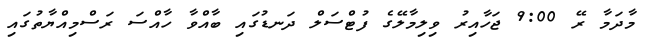
މާދަމާ ރޭ 9:00 ޖަހާއިރު ވިލިމާލޭގެ ފުޓްސަލް ދަނޑުގައި ބާއްވާ ހާއްސަ ރަސްމިއްޔާތުގައި